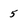
Character: 5